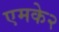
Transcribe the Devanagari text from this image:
एमके२